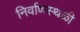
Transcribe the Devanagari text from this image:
निर्वाणस्थळी